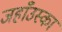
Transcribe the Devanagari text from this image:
जहाँउस्का